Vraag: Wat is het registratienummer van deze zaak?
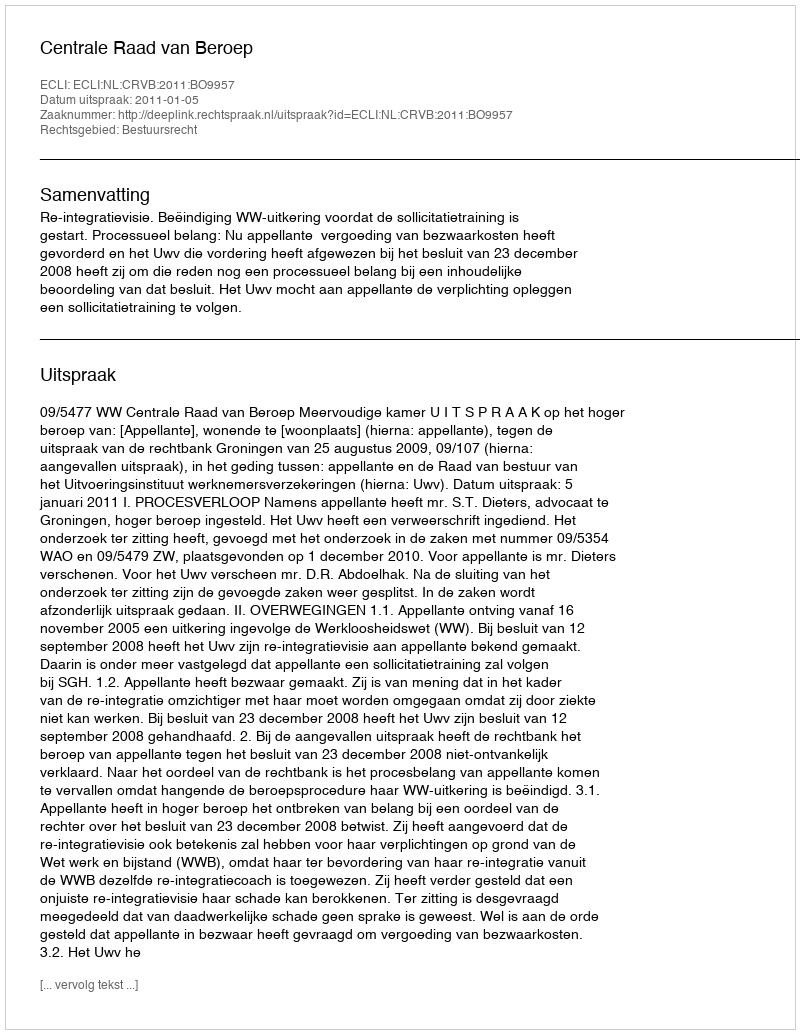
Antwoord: http://deeplink.rechtspraak.nl/uitspraak?id=ECLI:NL:CRVB:2011:BO9957